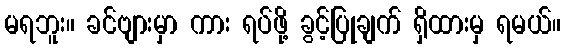
မရဘူး။ ခင်ဗျားမှာ ကား ရပ်ဖို့ ခွင့်ပြုချက် ရှိထားမှ ရမယ်။